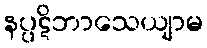
နပ္ပဋိဘာသေယျာမ